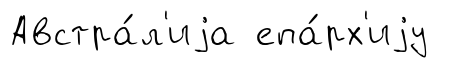
Австра́л'иjа епа́рх'иjу